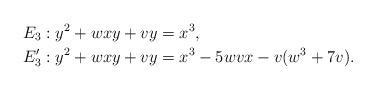
LaTeX: \begin{align*}E_{3}&:y^2+wxy+vy=x^3,\\E'_{3}&:y^2+wxy+vy=x^3-5wvx-v(w^3+7v).\end{align*}